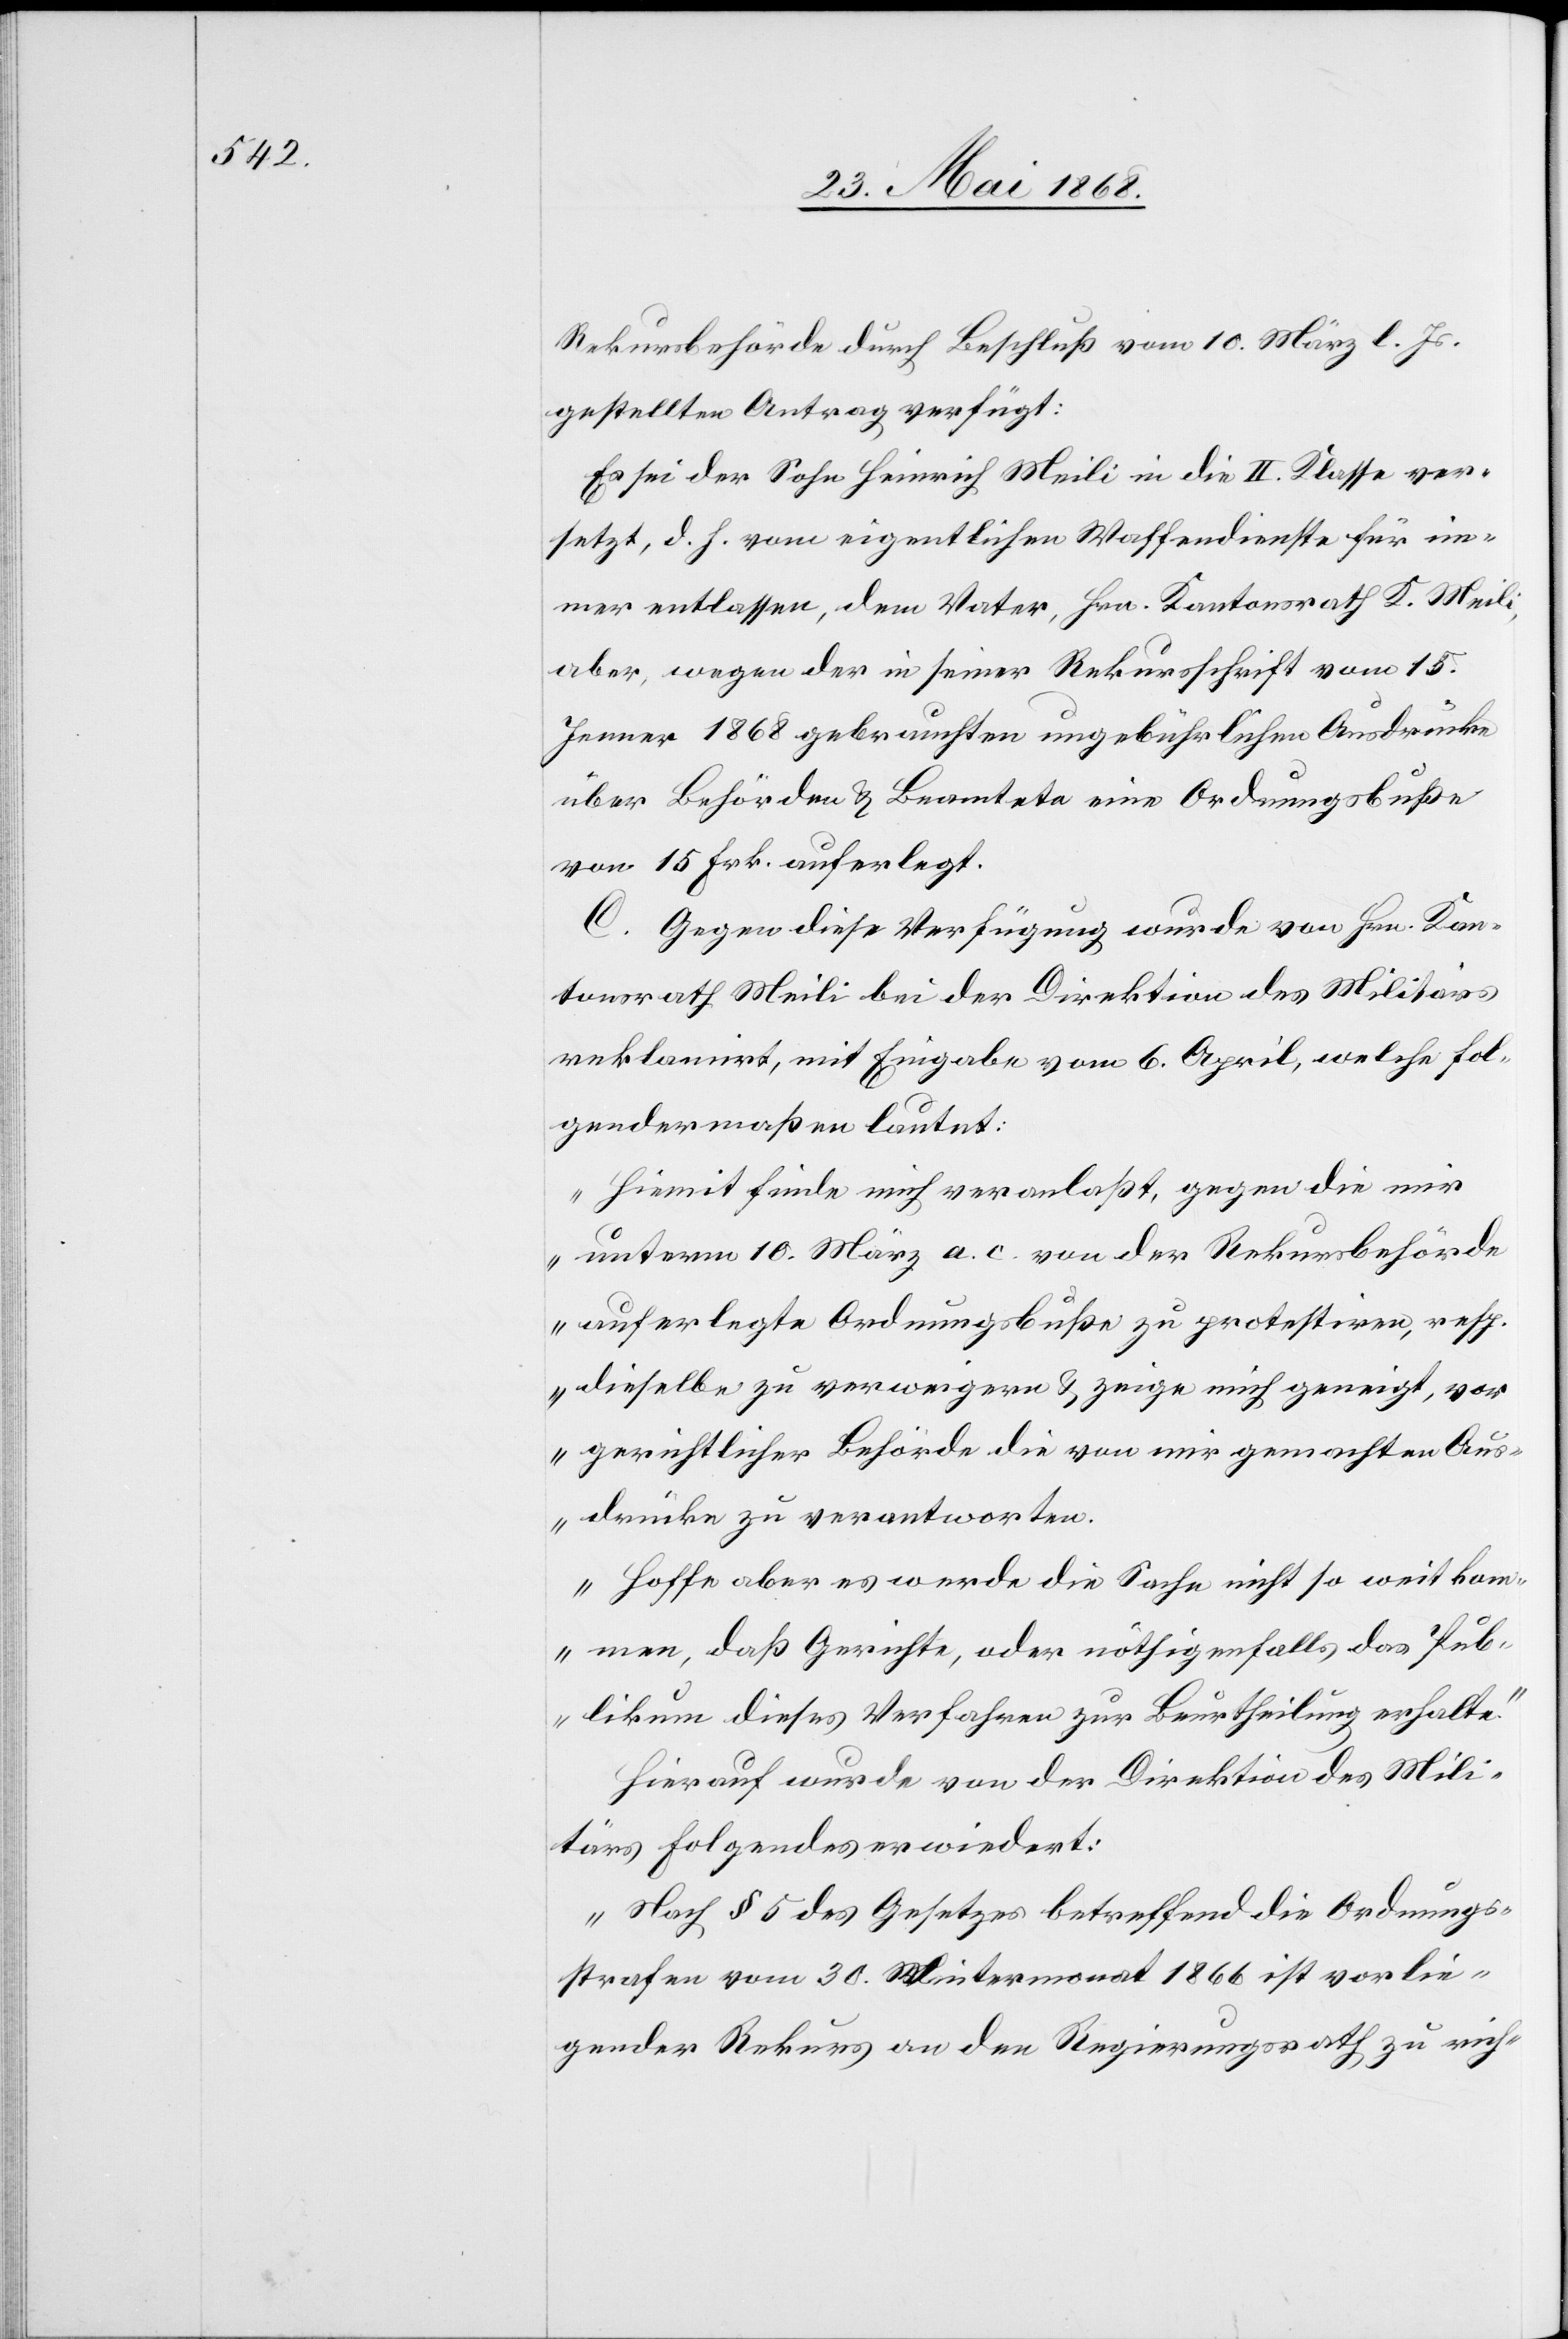
Rekursbehörde durch Beschluß vom 10. März l. Js.
gestellten Antrag verfügt:
Es sei der Sohn Heinrich Meili in die II. Klasse ver¬
setzt, d. h. vom eigentlichen Waffendienste für im¬
mer entlassen, dem Vater, Hrn. Kantonsrath K. Meili,
aber, wegen der in seiner Rekursschrift vom 15.
Jenner 1868 gebrauchten ungebührlichen Ausdrücke
über Behörden & Beamtete eine Ordnungsbuße
von 15 Frk. auferlegt.
C. Gegen diese Verfügung wurde von Hrn. Kan¬
tonsrath Meili bei der Direktion des Militärs
reklamirt, mit Eingabe vom 6. April, welche fol¬
gendermaßen lautet:
„Hiemit finde [ich] mich veranlaßt, gegen die mir
unterm 10. März a. c. von der Rekursbehörde
auferlegte Ordnungsbuße zu protestiren, resp.
dieselbe zu verweigern & zeige mich geneigt, vor
gerichtlicher Behörde die von mir gemachten Aus¬
drücke zu verantworten.
Hoffe aber es werde die Sache nicht so weit kom¬
men, daß Gerichte, oder nöthigenfalls das Pub¬
likum dieses Verfahren zur Beurtheilung erhalte.“
Hierauf wurde von der Direktion des Mili¬
tärs Folgendes erwiedert:
„Nach § 5 des Gesetzes betreffend die Ordnungs¬
strafen vom 30. Wintermonat 1866 ist vorlie¬
gender Rekurs an den Regierungsrath zu rich-